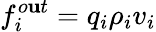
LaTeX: f_{i}^{o\mathbf{u}t}=q_{i}\rho_{i}v_{i}